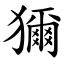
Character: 獮